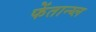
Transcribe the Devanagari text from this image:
फेंतान्य्ल